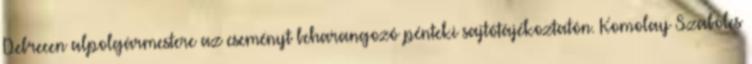
Debrecen alpolgármestere az eseményt beharangozó pénteki sajtótájékoztatón. Komolay Szabolcs